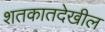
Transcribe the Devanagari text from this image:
शतकातदेखील